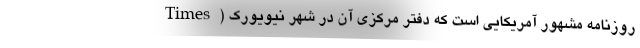
Times) روزنامه مشهور آمریکایی است که دفتر مرکزی آن در شهر نیویورک